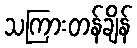
သကြားတန်ချိန်